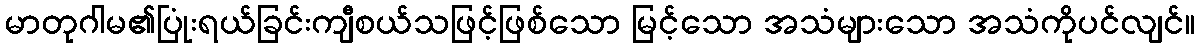
မာတုဂါမ၏ပြုံးရယ်ခြင်းကျီစယ်သဖြင့်ဖြစ်သော မြင့်သော အသံများသော အသံကိုပင်လျင်။